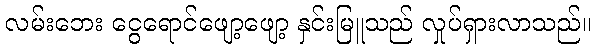
လမ်းဘေး ငွေရောင်ဖျော့ဖျော့ နှင်းမြူသည် လှုပ်ရှားလာသည်။